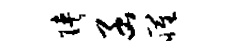
陕函罹